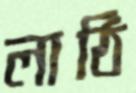
লাঠি